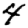
Digit: 4